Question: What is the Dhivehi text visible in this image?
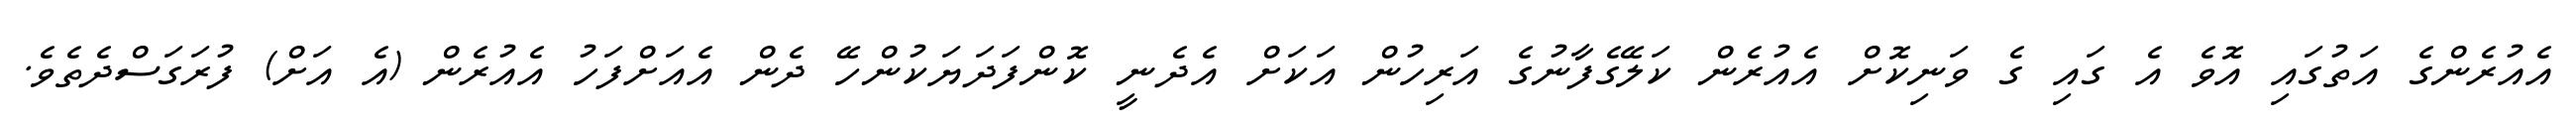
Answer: އެއުރެންގެ އަތުގައި އޮވެ އެ ގައި ގެ ވަނިކޮށް އެއުރެން ކަލޭގެފާނުގެ އަރިހުން އަކަށް އެދެނީ ކޮންފަދަޔަކުންހޭ ދެން އެއަށްފަހު އެއުރެން (އެ އަށް) ފުރަގަސްދެތެވެ.